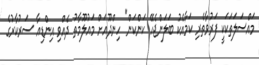
މައްސަލަތަކަކީ ފަރުވާތެރި ކަމާއެކު ބަލަންޖެހޭ ކަންކަން" ހިންދޫއަށް މައުލޫމާތު ދެއްވި އިންޑިއާ ސަރުކާރުގެ